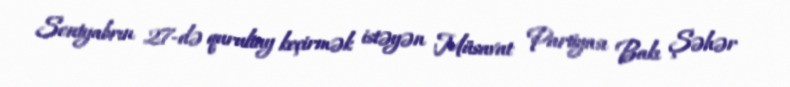
Sentyabrın 27-də qurultay keçirmək istəyən Müsavat Partiyası Bakı Şəhər